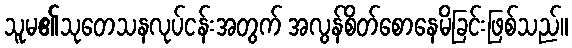
သူမ၏သုတေသနလုပ်ငန်းအတွက် အလွန်စိတ်စောနေမိခြင်းဖြစ်သည်။